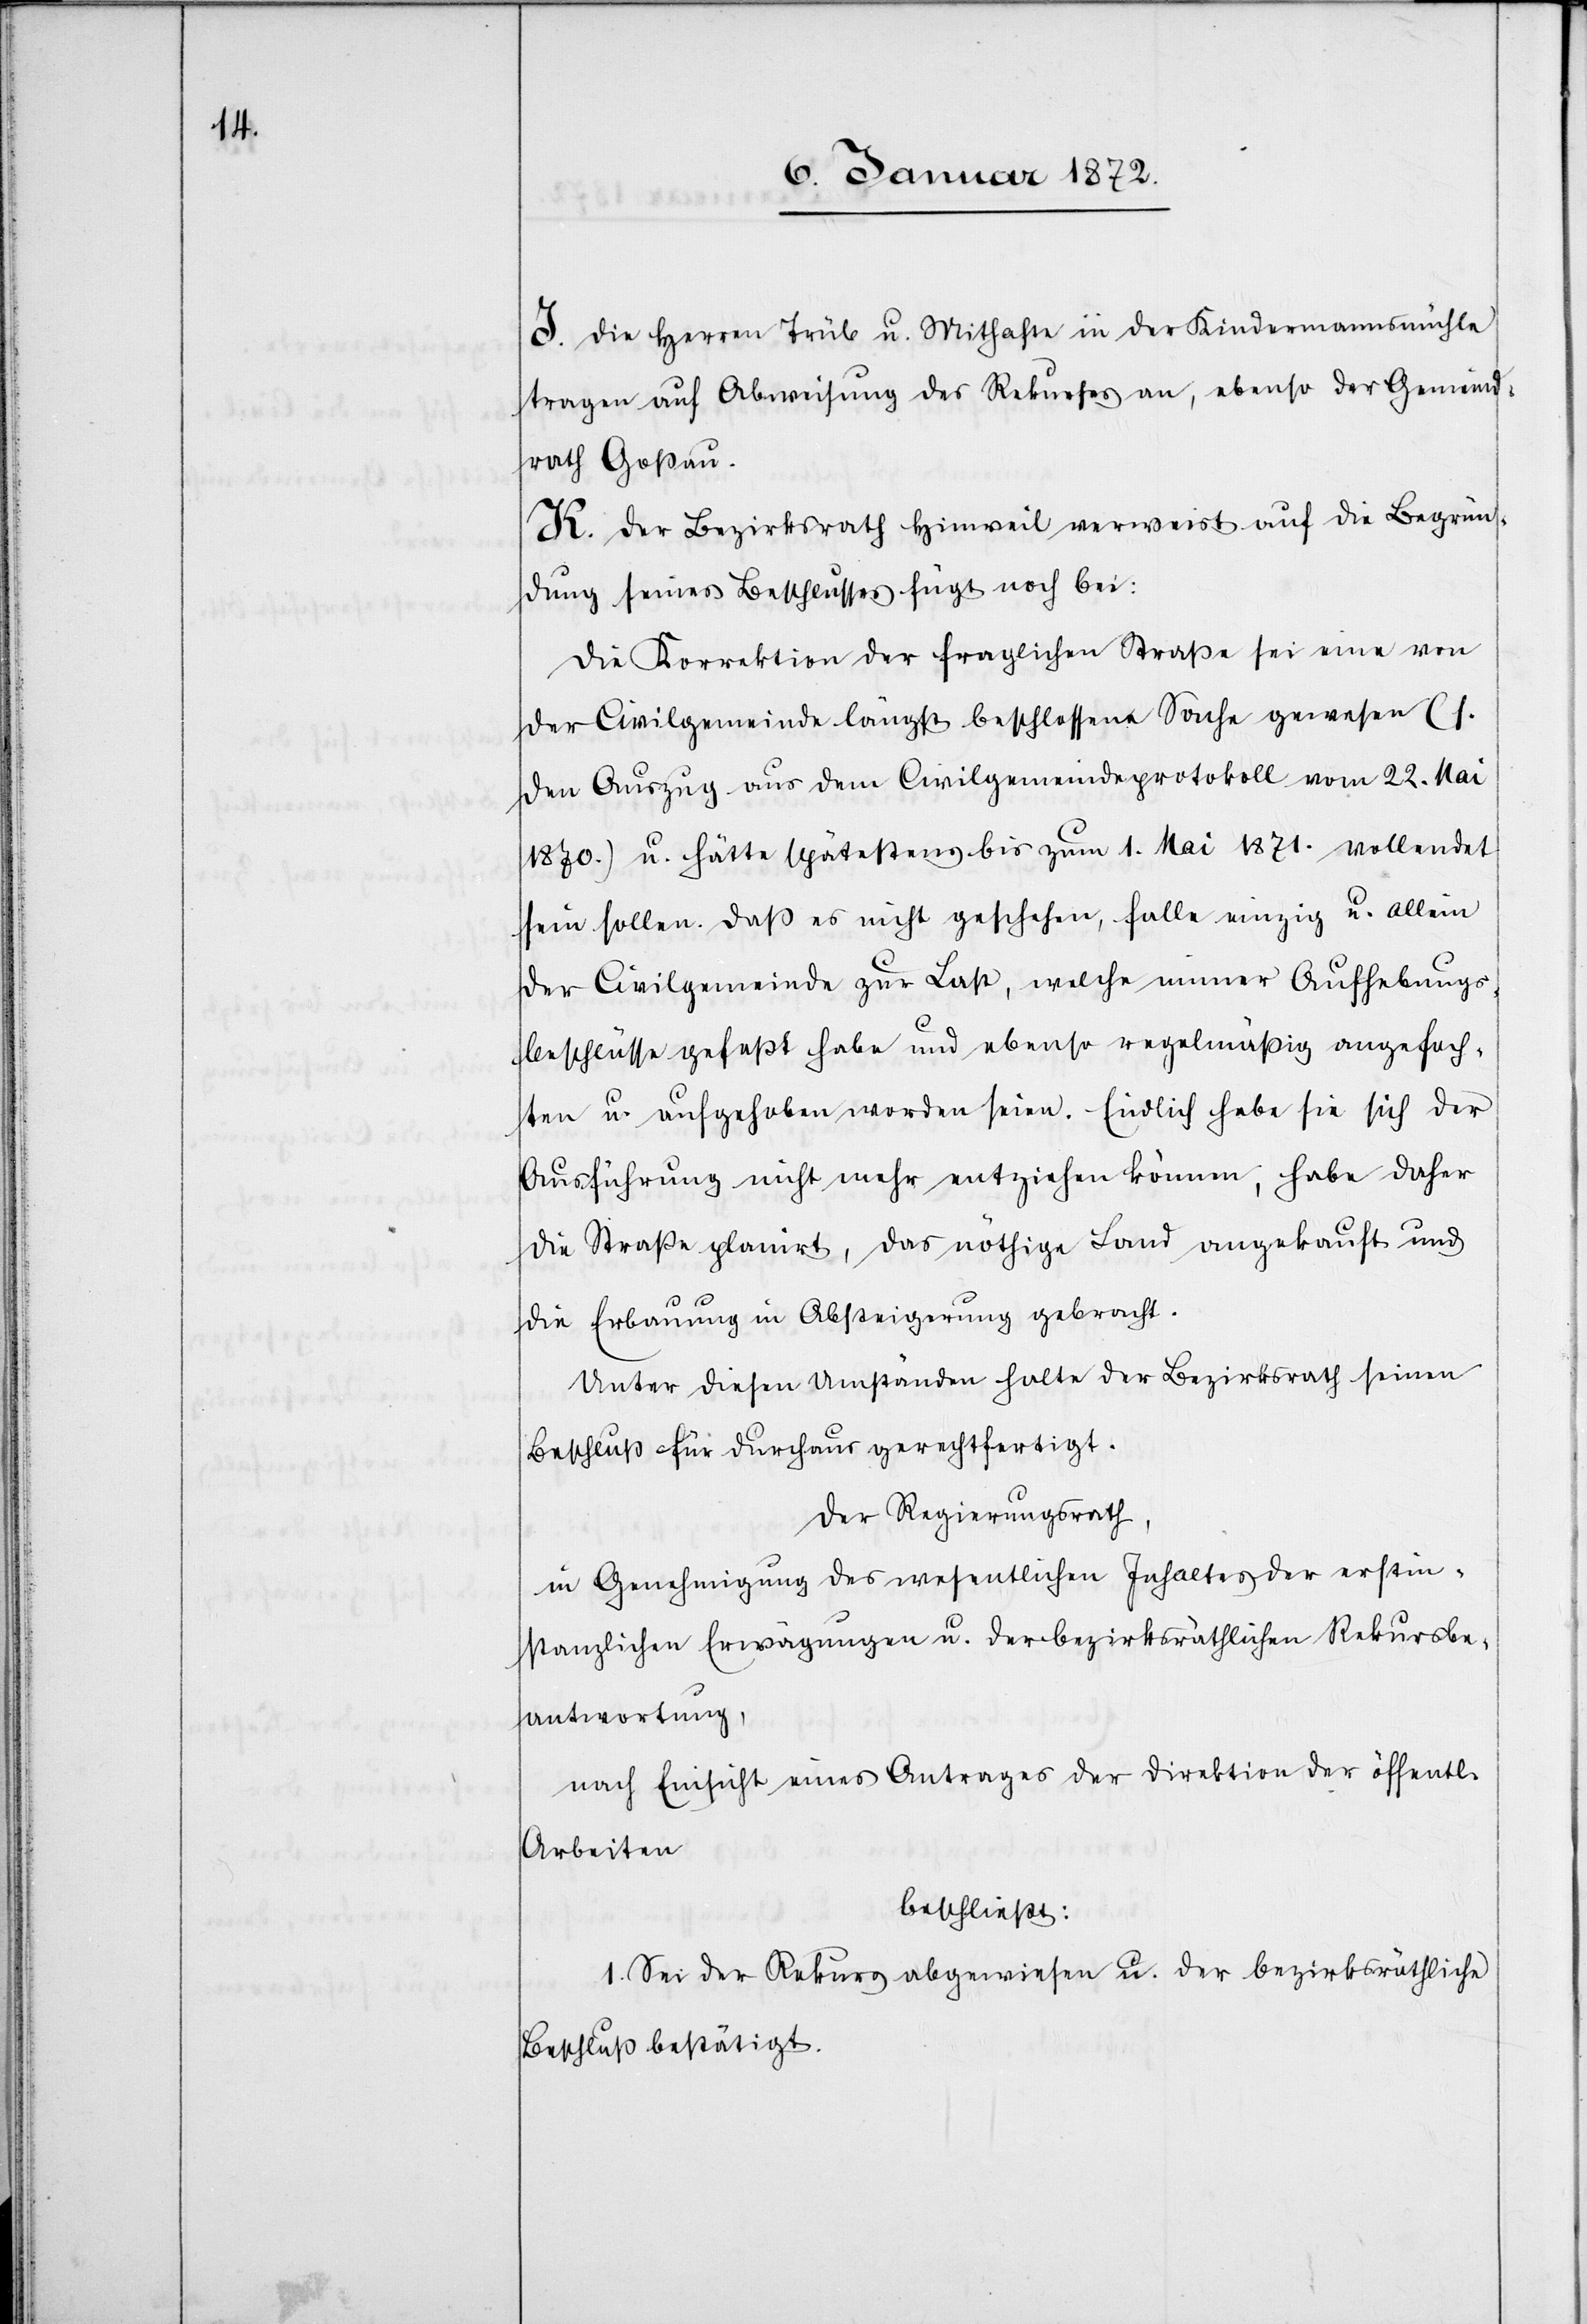
I. Die Herren Trüb u. Mithafte in der Kindermannsmühle
tragen auf Abweisung des Rekurses an, ebenso der Gemeind¬
rath Goßau.
K. Der Bezirksrath Hinweil verweist auf die Begrün¬
dung seines Beschlusses [und] fügt noch bei:
Die Korrektion der fraglichen Straße sei eine von
der Civilgemeinde längst beschlossene Sache gewesen (s.
den Auszug aus dem Civilgemeindeprotokoll vom 22. Mai
1870.) u. hätte spätestens bis zum 1. Mai 1871. vollendet
sein sollen. Daß es nicht geschehen, falle einzig u. allein
der Civilgemeinde zur Last, welche immer Aufhebungs¬
beschlüsse gefaßt habe und ebenso regelmäßig angefoch¬
ten u. aufgehoben worden seien. Endlich habe sie sich der
Ausführung nicht mehr entziehen können, habe daher
die Straße planirt, das nöthige Land angekauft und
die Erbauung in Absteigerung gebracht.
Unter diesen Umständen halte der Bezirksrath seinen
Beschluß für durchaus gerechtfertigt.
Der Regierungsrath,
in Genehmigung des wesentlichen Inhaltes der erstin¬
stanzlichen Erwägungen u. der bezirksräthlichen Rekursbe¬
antwortung,
nach Einsicht eines Antrages der Direktion der öffentl.
Arbeiten
beschließt:
1. Sei der Rekurs abgewiesen u. der bezirksräthliche
Beschluss bestätigt.